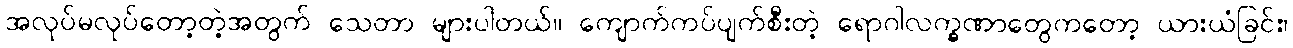
အလုပ်မလုပ်တော့တဲ့အတွက် သေတာ များပါတယ်။ ကျောက်ကပ်ပျက်စီးတဲ့ ရောဂါလက္ခဏာတွေကတော့ ယားယံခြင်း၊